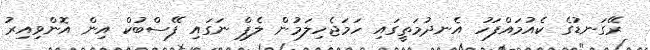
ރޭގަނޑުގެ ކެއުމައްފަހު އެނދުމަތީގައި ހަމަޖެހިލަމުން ލެޕް ނަގައި ފޭސްބުކް އިން އޮންވިއިރު